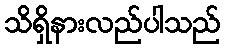
သိရှိနားလည်ပါသည်